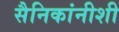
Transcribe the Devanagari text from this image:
सैनिकांनीशी